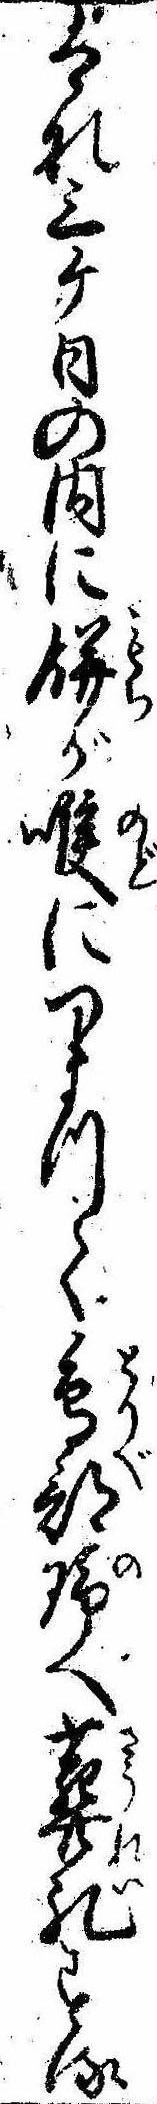
はな三ケ日の内に餅が喉につまつて鳥部野へ葬礼する